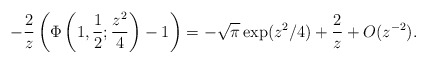
\begin{align*}-\frac{2}{z}\left( \Phi\left(1,\frac 12;\frac{z^2}{4}\right)-1\right) = -\sqrt{\pi} \exp(z^2/4) + \frac 2z + O(z^{-2}).\end{align*}